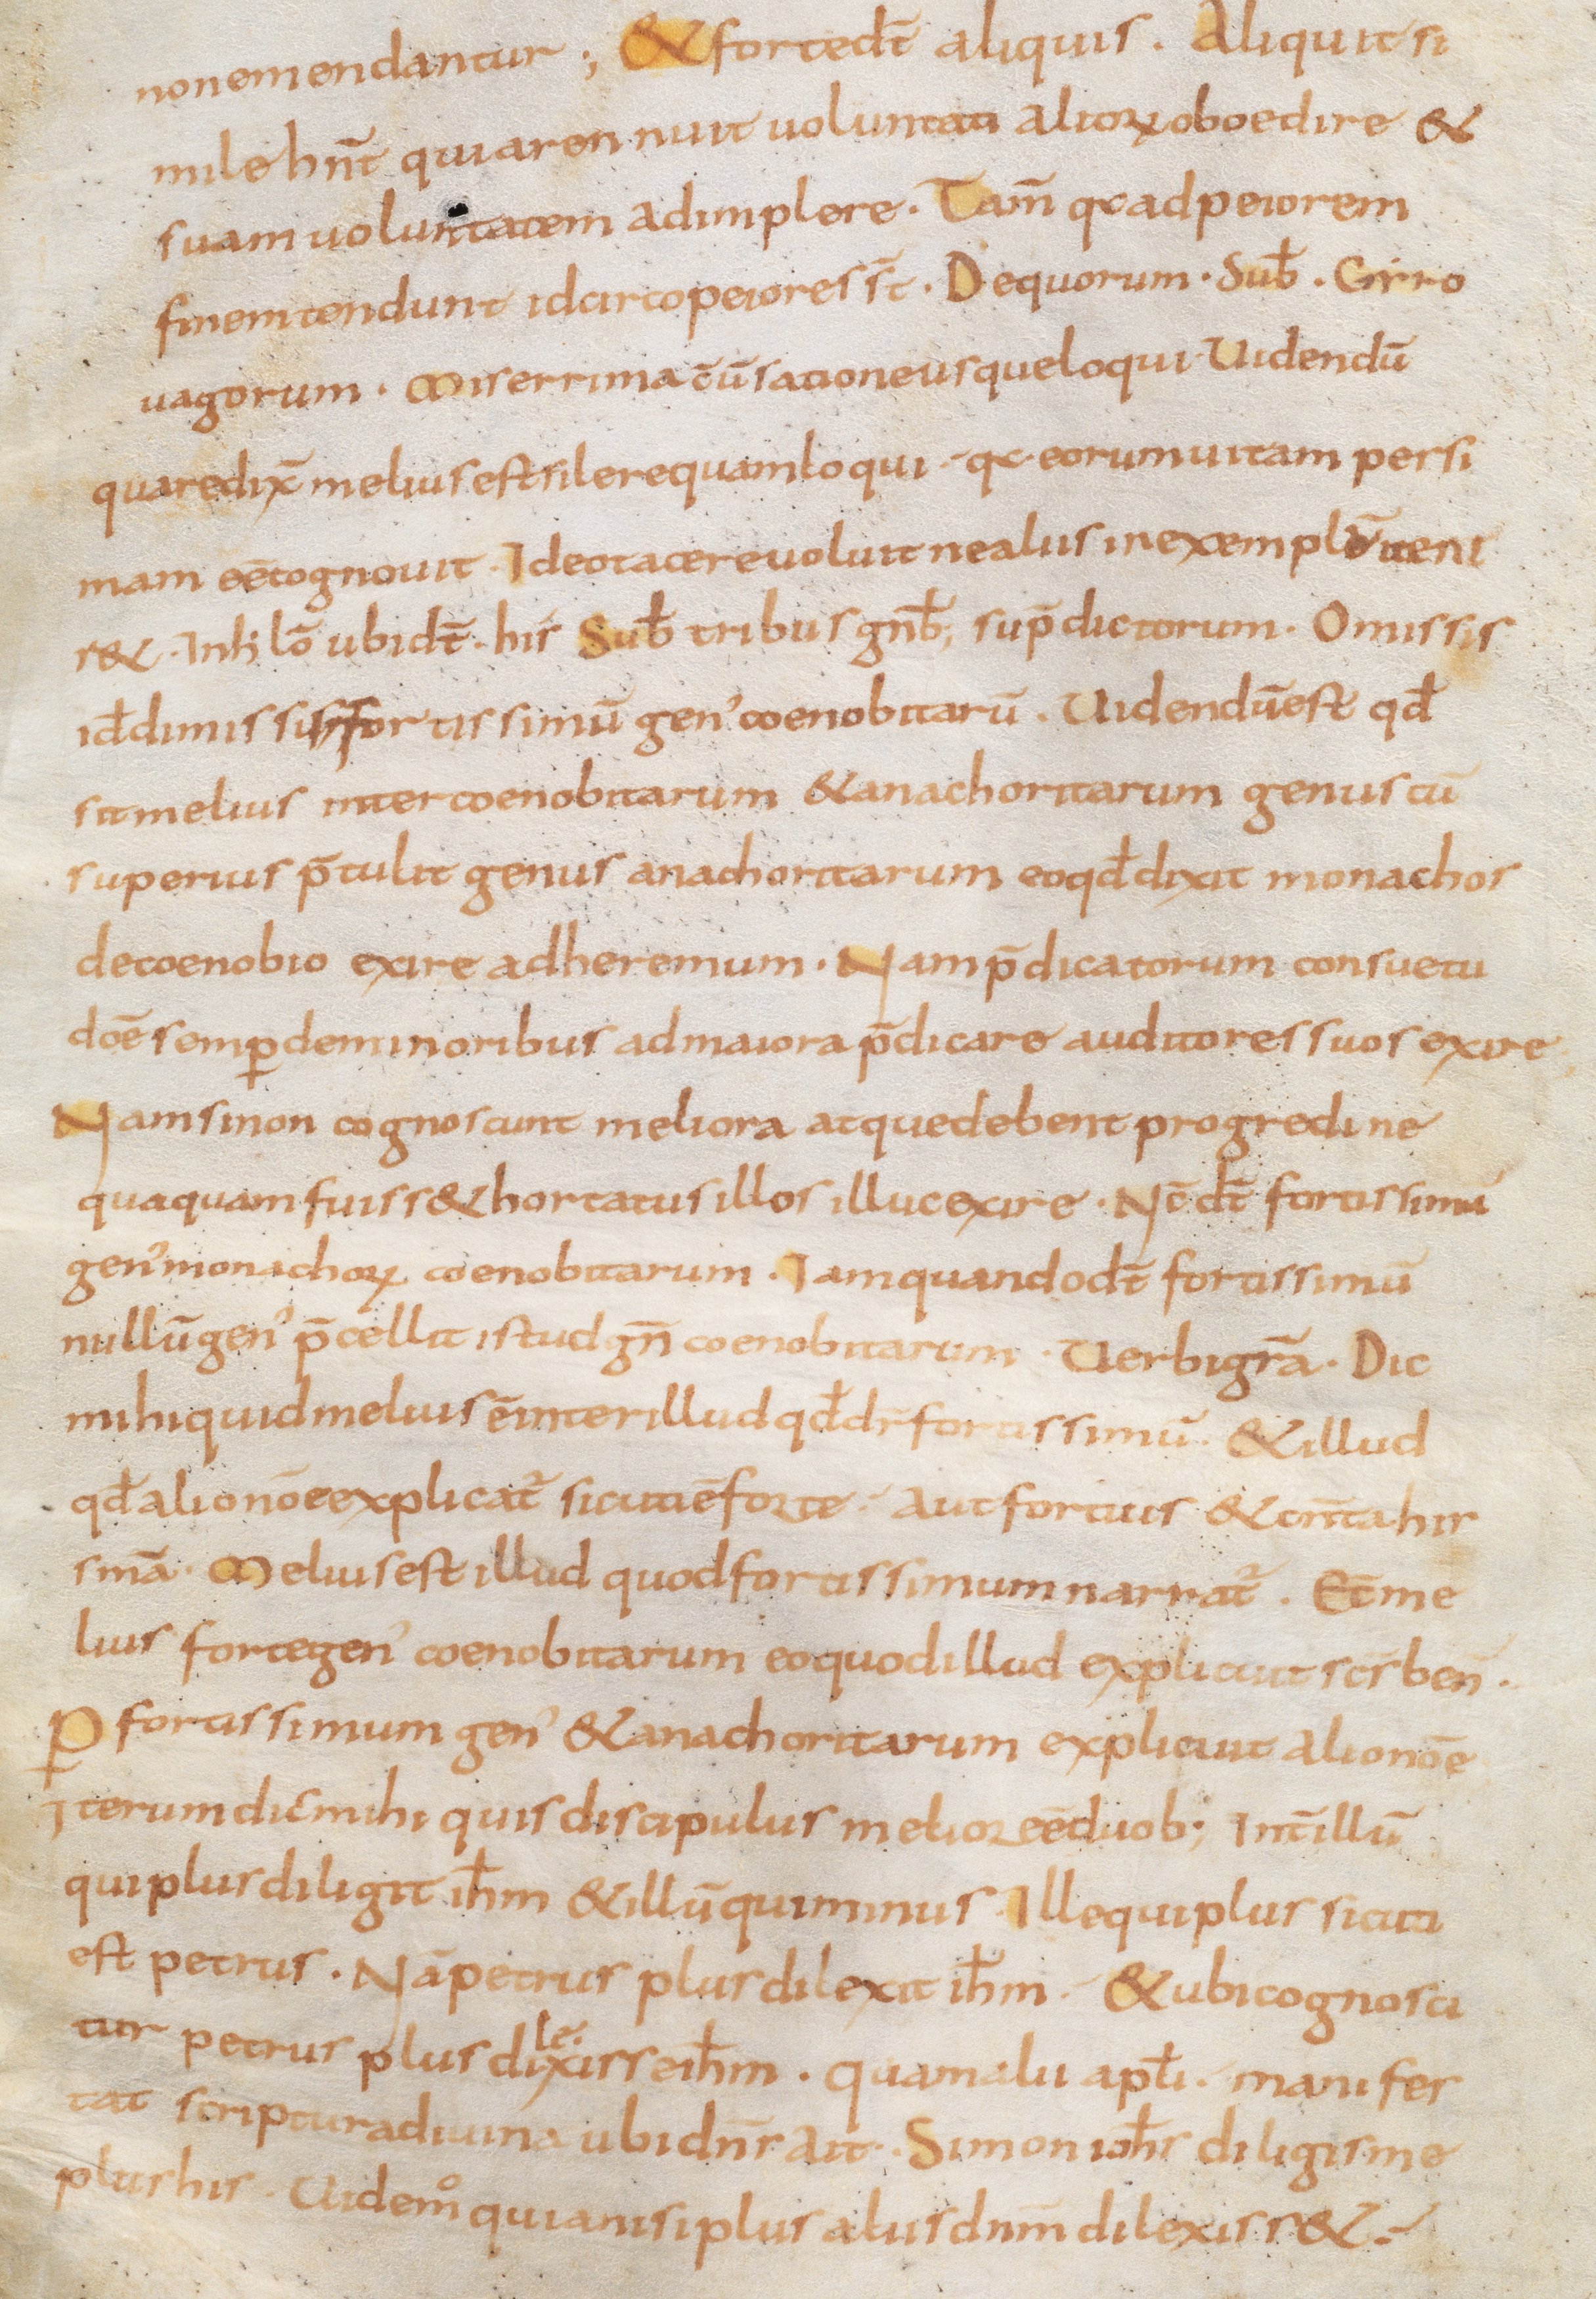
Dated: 800–899